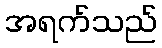
အရက်သည်